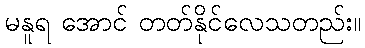
မနူရ အောင် တတ်နိုင်လေသတည်း။